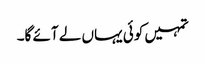
تمہیں کوئی یہاں لے آئے گا۔